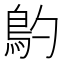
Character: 𩾡